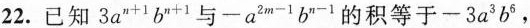
22.已知3a^{n+1}b^{n+-}与一a^{2m-1}b^{n-1}的积等于一3a^{3}b^{6}，